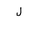
Letter: _lam